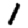
Digit: 1